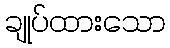
ချုပ်ထားသော